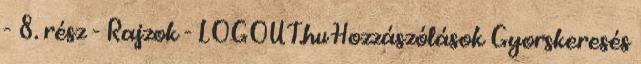
- 8. rész - Rajzok - LOGOUT.hu Hozzászólások Gyorskeresés